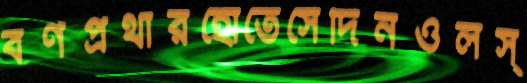
বর্ণপ্রথারহোতেসেদিনওলস্